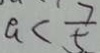
a < \frac { 7 } { 5 }